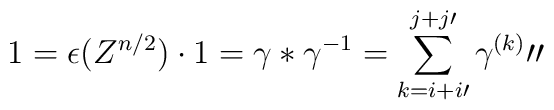
1=\epsilon(Z^{n/2})\cdot 1=\gamma \ast\gamma^{-1}=\sum_{k=i+i\prime}^{j+j\prime}\gamma^{(k)}\prime\prime